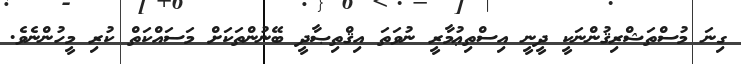
ގިނަ މުސްތަޝްރިޤުންނަކީ ދީނީ އިސްތިޢުމާރީ ނުވަތަ އިޤްތިޞާދީ ބޭނުންތަކަށް މަސައްކަތް ކުރި މީހުންނެވެ.